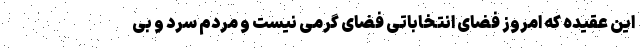
این عقیده که امروز فضای انتخاباتی فضای گرمی نیست و مردم سرد و بی